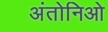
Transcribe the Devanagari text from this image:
अंतोनिओ